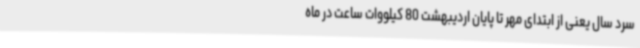
سرد سال یعنی از ابتدای مهر تا پایان اردیبهشت 80 کیلووات ساعت در ماه